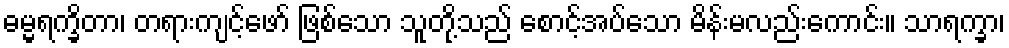
ဓမ္မရက္ခိတာ၊ တရားကျင့်ဖော် ဖြစ်သော သူတို့သည် စောင့်အပ်သော မိန်းမလည်းကောင်း။ သာရက္ခာ၊